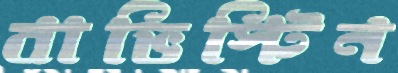
বাভিস্টিন